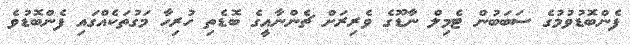
ފެންބޮޑުވުމުގެ ސަބަބުން ޓެމިލް ނާޑޫގެ ވެރިރަށް ޗެންނާއީގެ ބޮޑެތި ހުރިހާ މަގުތަކެއްގައި ފެންބޮޑުވެ